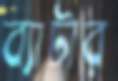
ব্যাটার